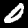
Digit: 0